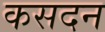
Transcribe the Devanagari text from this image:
कसदन